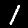
Digit: 1